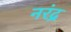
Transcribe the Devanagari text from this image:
नरंद्र